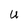
Character: U